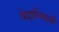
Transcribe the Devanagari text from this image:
वेदाभिमानी